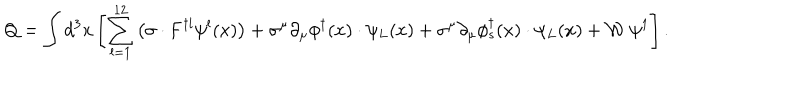
Q = \int d ^ { 3 } x \left[ \sum _ { l = 1 } ^ { 1 2 } \left( { \mathbf { \sigma } } \cdot { \bf F } ^ { \dagger l } \psi ^ { l } ( x ) \right) + \sigma ^ { \mu } \partial _ { \mu } \phi ^ { \dagger } ( x ) \cdot \psi _ { L } ( x ) + \sigma ^ { \mu } \partial _ { \mu } \phi _ { s } ^ { \dagger } ( x ) \cdot \psi _ { L } ( x ) + \mathcal { W } ~ \psi ^ { 1 } \right] .